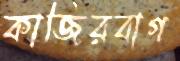
কাজিরবাগ